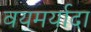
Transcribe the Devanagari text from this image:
वयमर्यादा